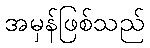
အမှန်ဖြစ်သည်